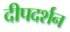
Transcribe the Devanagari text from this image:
दीपदर्शन